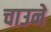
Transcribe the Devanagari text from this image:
चाउने